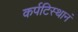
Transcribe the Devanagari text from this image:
कर्पटिस्थानं